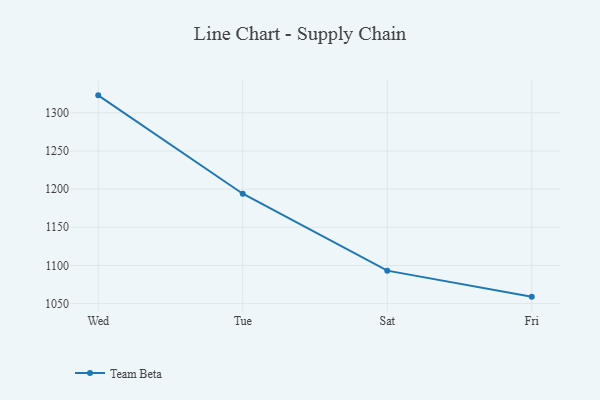
{"axis": {"x": "Day", "y": "Humidity (%)"}, "legend": ["Team Beta"], "data": [{"x": "Wed", "y": 1322.9, "type": "Team Beta"}, {"x": "Tue", "y": 1194.0, "type": "Team Beta"}, {"x": "Sat", "y": 1093.2, "type": "Team Beta"}, {"x": "Fri", "y": 1059.1, "type": "Team Beta"}]}